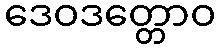
ဒေဝဒတ္တောဝ